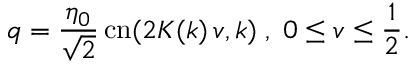
q = { \frac { \eta _ { 0 } } { \sqrt 2 } } \, \mathrm { c n } ( 2 K ( k ) \, v , k ) \; , \; 0 \leq v \leq \frac { 1 } { 2 } .